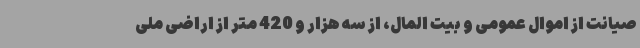
صیانت از اموال عمومی و بیت المال، از سه هزار و 420 متر از اراضی ملی